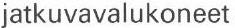
jatkuvavalukoneet